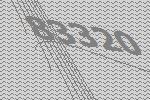
83320